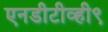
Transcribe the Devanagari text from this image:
एनडीटीव्ही९